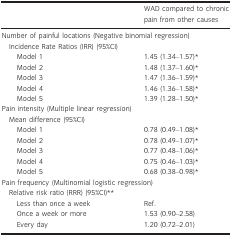
|  | WAD compared to chronic pain from other causes |
 | --- | --- |
 | <COLSPAN=2> Number of painful locations (Negative binomial regression) |
 | <COLSPAN=2> Incidence Rate Ratios (IRR) (95%CI) |
 | Model 1 | 1.45 (1.34–1.57)a |
 | Model 2 | 1.48 (1.37–1.60)a |
 | Model 3 | 1.47 (1.36–1.59)a |
 | Model 4 | 1.46 (1.36–1.58)a |
 | Model 5 | 1.39 (1.28–1.50)a |
 | <COLSPAN=2> Pain intensity (Multiple linear regression) |
 | <COLSPAN=2> Mean difference (95%CI) |
 | Model 1 | 0.78 (0.49–1.08)a |
 | Model 2 | 0.78 (0.49–1.07)a |
 | Model 3 | 0.77 (0.48–1.06)a |
 | Model 4 | 0.75 (0.46–1.03)a |
 | Model 5 | 0.68 (0.38–0.98)a |
 | <COLSPAN=2> Pain frequency (Multinomial logistic regression) |
 | <COLSPAN=2> Relative risk ratio (RRR) (95%CI)b |
 | Less than once a week | Ref. |
 | Once a week or more | 1.53 (0.90–2.58) |
 | Every day | 1.20 (0.72–2.01) |